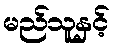
မည်သူနှင့်